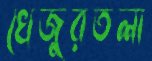
খেজুরতলা